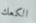
الكعك